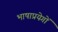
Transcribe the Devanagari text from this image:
भाषाप्रयेगों